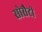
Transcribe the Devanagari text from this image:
सोसैटी